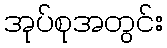
အုပ်စုအတွင်း